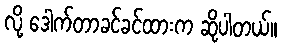
လို့ ဒေါက်တာခင်ခင်ထားက ဆိုပါတယ်။